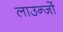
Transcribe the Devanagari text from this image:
लाउन्जों